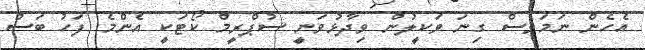
އެހެން ނަމަވެސް ގިނަ ވަކީލުން ވިދާޅުވަނީ ސުޕްރީމް ކޯޓަކީ އެންމެ ފަހު ބަސް